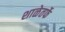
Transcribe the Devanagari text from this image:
शाळेतर्फे